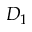
D _ { 1 }